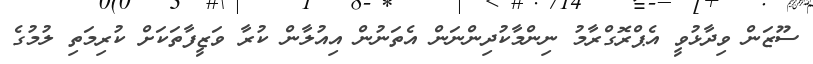
ސޫޒަން ވިދާޅުވީ އެޕްރޮގްރާމު ނިންމާކުދިންނަން އެތަނުން އިއުލާން ކުރާ ވަޒީފާތަކަށް ކުރިމަތި ލުމުގެ